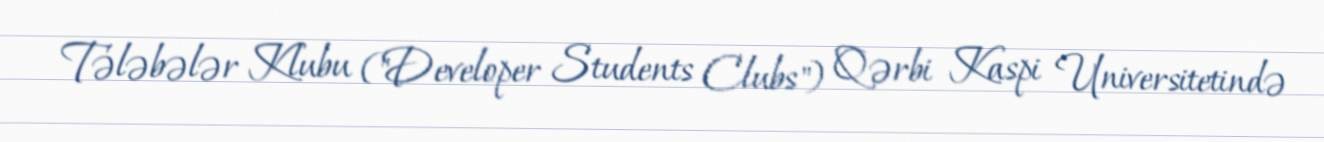
Tələbələr Klubu ("Developer Students Clubs") Qərbi Kaspi Universitetində